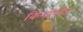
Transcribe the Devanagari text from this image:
किंग्ज़ब्लड